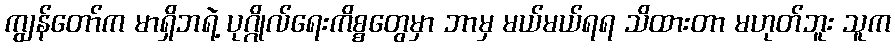
ကျွန်တော်က မာရှိဘရဲ့ ပုဂ္ဂိုလ်ရေးကိစ္စတွေမှာ ဘာမှ မယ်မယ်ရရ သိထားတာ မဟုတ်ဘူး သူက